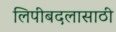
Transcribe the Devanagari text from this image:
लिपीबदलासाठी